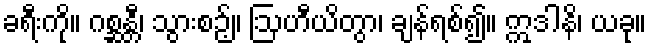
ခရီးကို။ ဂစ္ဆန္တီ၊ သွားစဉ့်။ ဩဟီယိတွာ၊ ချန်ရစ်၍။ ဣဒါနိ၊ ယခု။